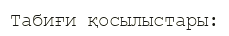
Табиғи қосылыстары: